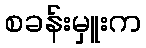
စခန်းမှူးက